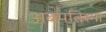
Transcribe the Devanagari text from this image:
अबपतिस्मा